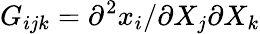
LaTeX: G_{ijk}=\partial^{2}x_{i}/\partial X_{j}\partial X_{k}